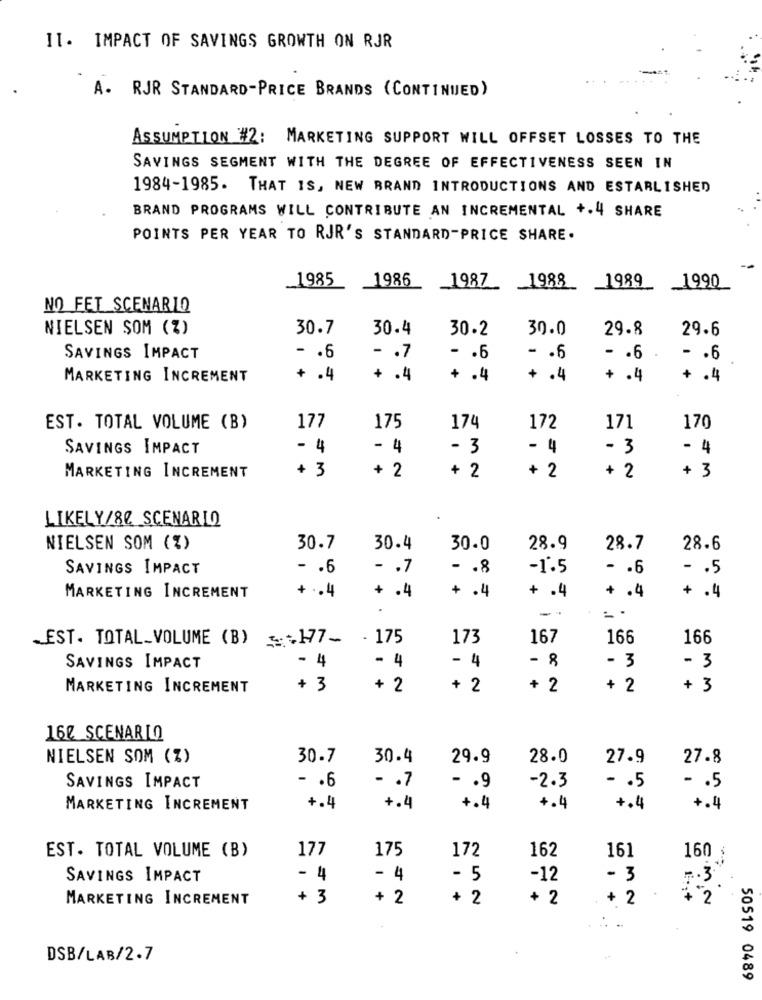
11. IMPACT OF SAVINGS GROWTH ON RJR
A.
RJR STANDARD-PRICE BRANDS (CONTINUED)
ASSUMPTION #2: MARKETING SUPPORT WILL OFFSET LOSSES TO THE
SAVINGS SEGMENT WITH THE DEGREE OF EFFECTIVENESS SEEN IN
1984-1985. THAT IS, NEW BRAND INTRODUCTIONS AND ESTABLISHED
BRAND PROGRAMS WILL CONTRIBUTE AN INCREMENTAL +.4 SHARE
POINTS PER YEAR TO RJR'S STANDARD-PRICE SHARE.
1986
1989
1985
1987
1988
1990
NO FET SCENARIO
NIELSEN SOM (%)
30.7
30.4
30.2
30.0
29.8
29.6
SAVINGS IMPACT
- . 6
- . 7
- . 6
- . 6
- . 6
.
- . 6
MARKETING INCREMENT
+ .4
+ .4
+ .4
+ .4
+ .4
+ .4
EST. TOTAL VOLUME (B)
177
175
174
172
171
170
SAVINGS IMPACT
- 4
- 4
- 3
- 4
- 3
- 4
+ 3
+ 2
+ 2
+ 3
MARKETING INCREMENT
+ 2
+ 2
LIKELY/80 SCENARIO
NIELSEN SOM (%)
30.7
30.4
30.0
28.9
28.7
28.6
SAVINGS IMPACT
- . 6
- . 7
- . 8
-1.5
- . 6
- . 5
+ .. 4
+ .4
+ .4
+ .4
MARKETING INCREMENT
+ .4
+ .4
-
_EST. TOTAL_VOLUME (B) 3:177-
- 175
173
167
166
166
- 4
- 4
- 8
- 3
- 3
SAVINGS IMPACT
- 4
MARKETING INCREMENT
+ 3
+ 2
+ 2
+ 2
+ 2
+
3
160 SCENARIO
NIELSEN SOM (%)
30.7
30.4
29.9
28.0
27.9
27.8
- . 6
- . 5
SAVINGS IMPACT
- . 7
- . 9
-2.3
- . 5
MARKETING INCREMENT
+.4
+.4
+.4
4.4
+.4
+.4
EST. TOTAL VOLUME (B)
175
172
162
177
161
160
SAVINGS IMPACT
- 4
- 4
- 5
-12
- 3
MARKETING INCREMENT
+ 3
+ 2
+ 2
+ 2
+ 2
.. ..
DSB/LAB/2.7
50519 0489